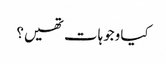
کیا وجوہات تھیں؟